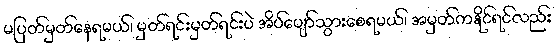
မပြတ်မှတ်နေရမယ်၊ မှတ်ရင်းမှတ်ရင်းပဲ အိပ်ပျော်သွားစေရမယ်၊ အမှတ်ကနိုင်ရင်လည်း